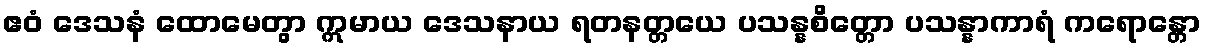
ဧဝံ ဒေသနံ ထောမေတွာ ဣမာယ ဒေသနာယ ရတနတ္တယေ ပသန္နစိတ္တော ပသန္နာကာရံ ကရောန္တော